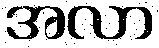
အလာ